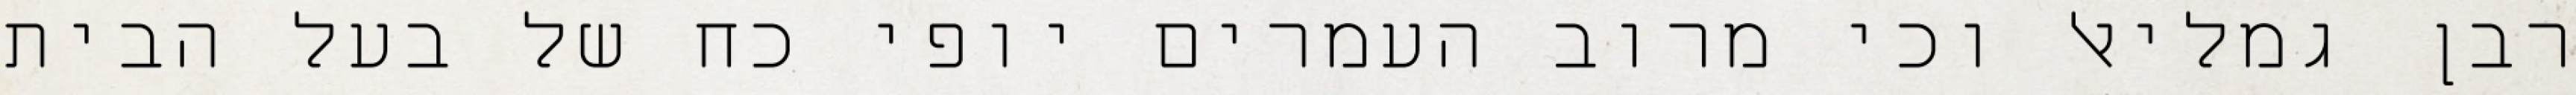
רבן גמליאל וכי מרוב העמרים יופי כח של בעל הבית